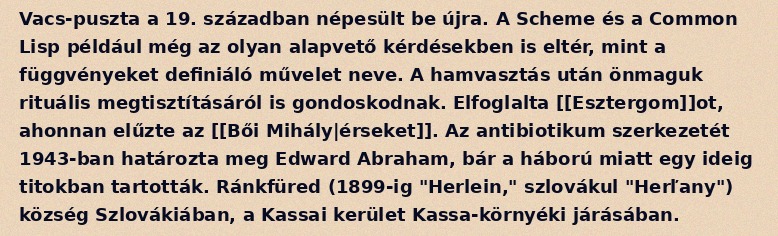
Vacs-puszta a 19. században népesült be újra. A Scheme és a Common Lisp például még az olyan alapvető kérdésekben is eltér, mint a függvényeket definiáló művelet neve. A hamvasztás után önmaguk rituális megtisztításáról is gondoskodnak. Elfoglalta [[Esztergom]]ot, ahonnan elűzte az [[Bői Mihály|érseket]]. Az antibiotikum szerkezetét 1943-ban határozta meg Edward Abraham, bár a háború miatt egy ideig titokban tartották. Ránkfüred (1899-ig "Herlein," szlovákul "Herľany") község Szlovákiában, a Kassai kerület Kassa-környéki járásában.